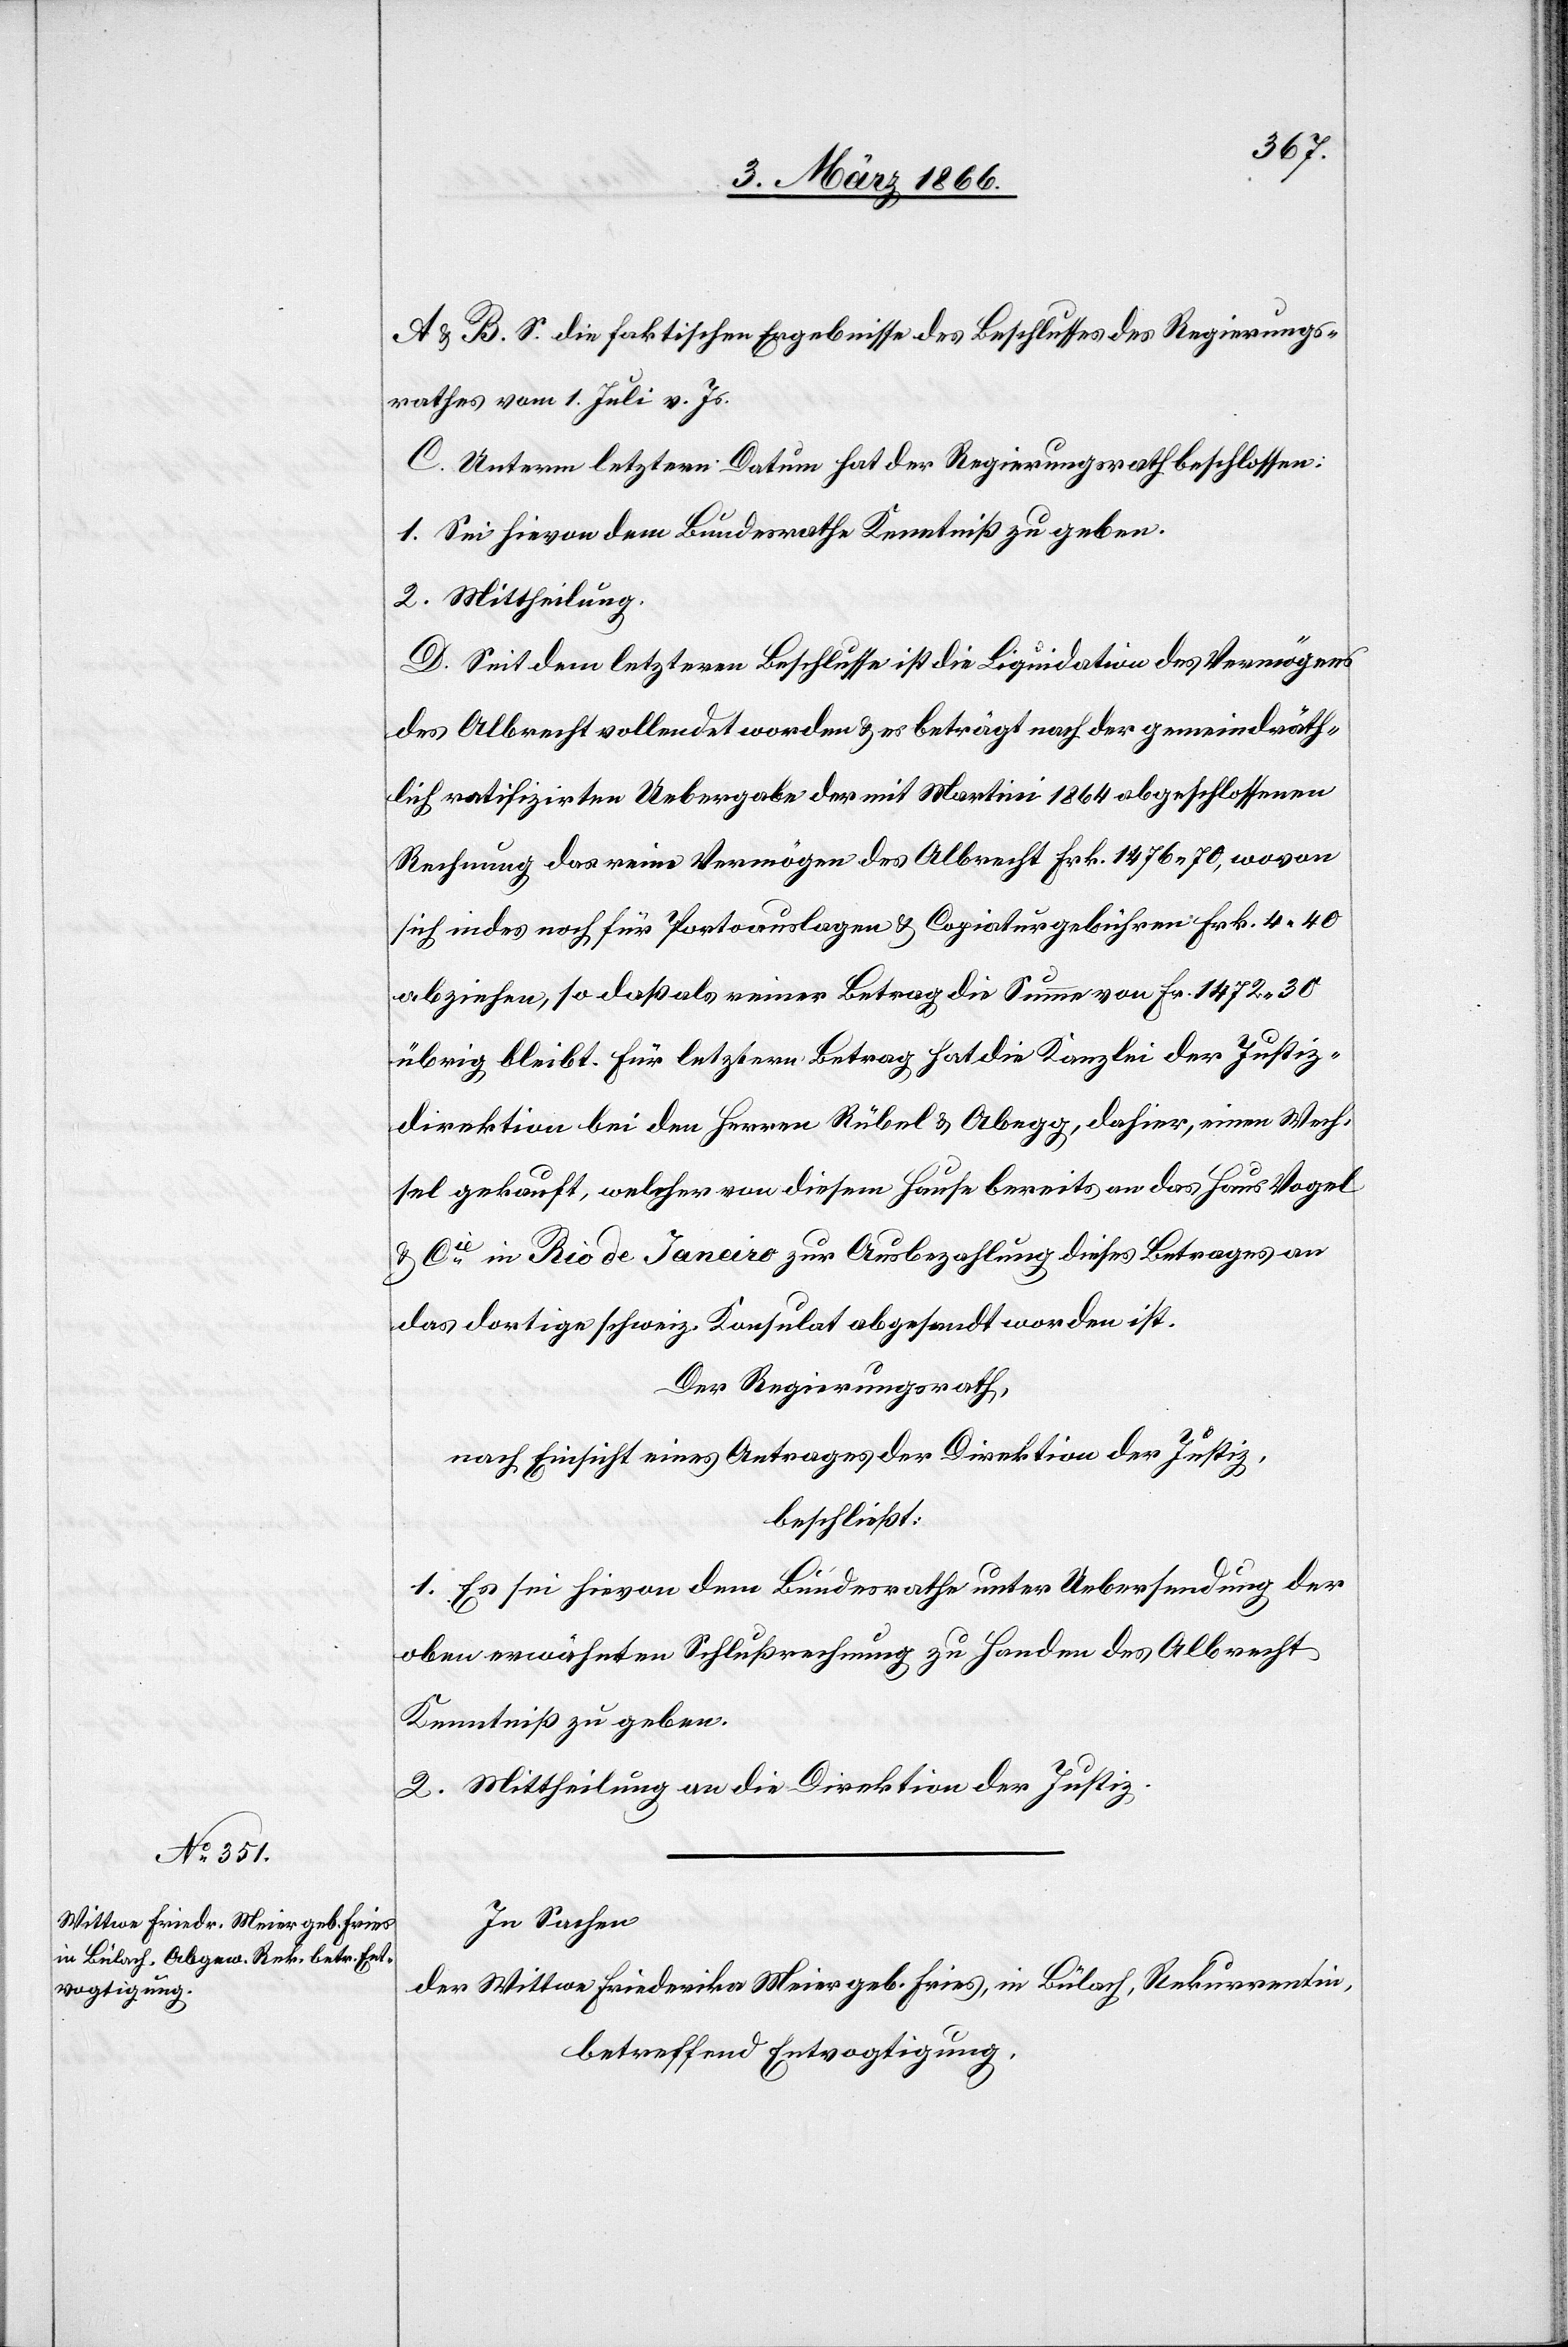
A u. B. S. die faktischen Ergebnisse des Beschlusses des Regierungs¬
rathes vom 1. Juli v. Js.
C. Unterm letztern Datum hat der Regierungsrath beschlossen:
1. Sei hievon dem Bundesrathe Kenntniß zu geben.
2. Mittheilung.
D. Seit dem letztern Beschlusse ist die Liquidation des Vermögens
des Albrecht vollendet worden u. es beträgt nach der gemeindräth¬
lich ratifizirten Uebergabe der mit Martini 1864 abgeschlossenen
Rechnung das reine Vermögen des Albrecht Frk. 1476,70, wovon
sich indes noch für Portoauslagen u. Copiaturgebühren Frk. 4,40
abziehen, so daß als reiner Betrag die Summe von Fr. 1472,30
übrig bleibt. Für letztern Betrag hat die Kanzlei der Justiz¬
direktion bei den Herrn Rübel u. Abegg, dahier, einen Wech¬
sel gekauft, welcher von diesem Hause bereits an das Haus Vogel
u. Cie. in Rio de Janeiro zur Ausbezahlung dieses Betrages an
das dortige schweiz. Konsulat abgesandt worden ist.
Der Regierungsrath,
nach Einsicht eines Antrages der Direktion der Justiz,
beschließt:
1. Es sei hievon dem Bundesrathe unter Uebersendung der
oben erwähnten Schlußrechnung zu Handen des Albrecht
Kenntniß zu geben.
2. Mittheilung an die Direktion der Justiz.
In Sachen
der Wittwe Friederika Meier geb. Fries, in Bülach, Rekurrentin,
betreffen Entvogtigung